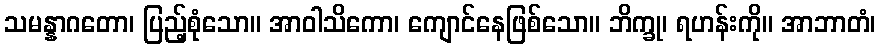
သမန္နာဂတော၊ ပြည့်စုံသော။ အာဝါသိကော၊ ကျောင်နေဖြစ်သော။ ဘိက္ခု၊ ရဟန်းကို။ အာဘာတံ၊